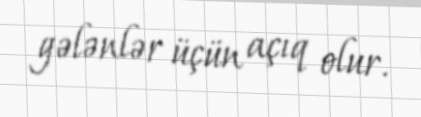
gələnlər üçün açıq olur.